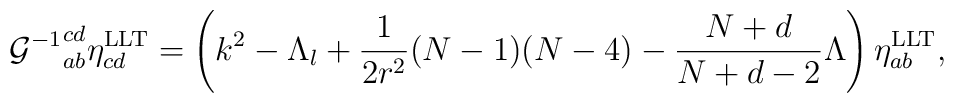
{{\cal G}^{-1}}^{cd}_{ab}\eta^{\rm LLT}_{cd}=\left(k^{2}-\Lambda_{l}+\frac{1}{2r^{2}}(N-1)(N-4)-\frac{N+d}{N+d-2}\Lambda\right)\eta^{\rm LLT}_{ab},